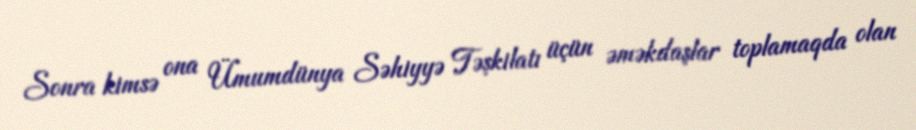
Sonra kimsə ona Ümumdünya Səhiyyə Təşkilatı üçün əməkdaşlar toplamaqda olan